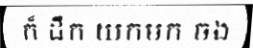
ក៏ ដឹក យកមក ចង